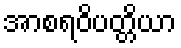
အာစရဝိပတ္တိယာ